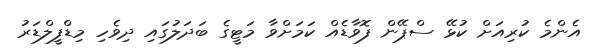
އެންމެ ކުރިއަށް ކުޅޭ ސްޕޭން ފޮވާޑެއް ކަމަށްވާ މަޓީގެ ބަދަލުގައި ދިވެހި މިޑްފީލްޑަރު